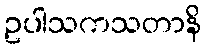
ဥပါသကသတာနိ